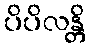
ပိပိလန္တိ